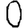
Digit: 0